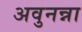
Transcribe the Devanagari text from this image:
अवुनन्ना